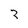
Character: 3